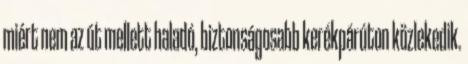
miért nem az út mellett haladó, biztonságosabb kerékpárúton közlekedik.